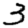
Digit: 3